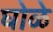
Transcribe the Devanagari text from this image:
घोळे